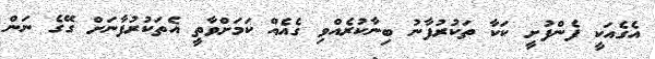
އެގެއަކީ ފެންފުށީ ކަކާ ތަކުރުފާނު ބިނާކުރެއްވި ގެއެއް ކަމަށްވާތީ އެތަކުރުފާނަށް ގޭގެ ނަން